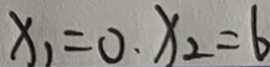
x _ { 1 } = 0 x _ { 2 } = 6